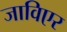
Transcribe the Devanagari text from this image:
जाविएर